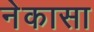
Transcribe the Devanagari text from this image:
नेकासा